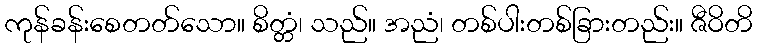
ကုန်ခန်းစေတတ်သော။ စိတ္တံ၊ သည်။ အညံ၊ တစ်ပါးတစ်ခြားတည်း။ ဇီဝိတိ